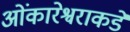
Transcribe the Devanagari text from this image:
ओंकारेश्वराकडे